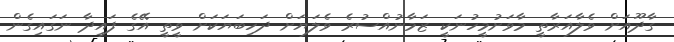
ގާދޫއަށް ވެލާއަރާތީ މާވަށުމީހުނަކީ ޒަމާނުއްސުރެ ވެލަޔަށް ދަހިބަޔަކަށް ވީތީ އޭގެ ފައިދާ ނަގައިގެން